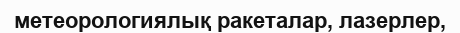
метеорологиялық ракеталар, лазерлер,